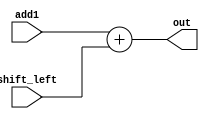
`timescale 1ns / 1ps
//////////////////////////////////////////////////////////////////////////////////
// Company: 
// Engineer: 
// 
// Design Name: 
// Module Name: add2
// Project Name: 
// Target Devices: 
// Tool Versions: 
// Description: 
// 
// Dependencies: 
// 
// Revision:
// Revision 0.01 - File Created
// Additional Comments:
// 
//////////////////////////////////////////////////////////////////////////////////


module add2(add1,shift_left,out);
input[31:0] add1,shift_left;
output[31:0]out;
assign out=add1+shift_left;
endmodule